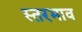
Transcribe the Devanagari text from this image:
स्तरभाव